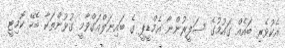
އެކުވެރި ބައެއް ގައުމުގެ ސަފީރުންނާ އެމްޑީޕީ ގެ ބައިނަލްއަގްވާމީ ގުޅުންތަކާ ބެހޭ ކޮމިޓީ